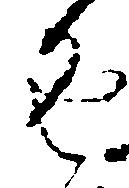
返